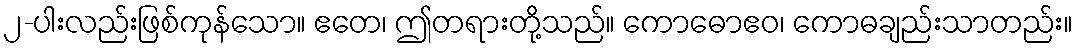
၂-ပါးလည်းဖြစ်ကုန်သော။ ဧတေ၊ ဤတရားတို့သည်။ ကောဓောဧဝ၊ ကောဓချည်းသာတည်း။